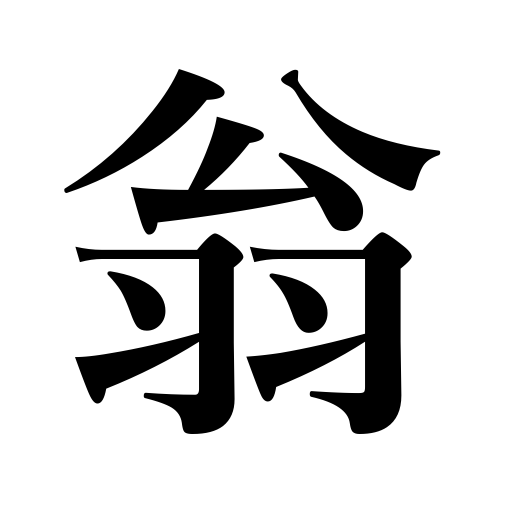
Meanings: old man,venerable